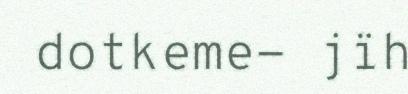
dotkeme- jïh